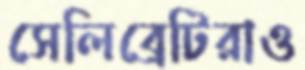
সেলিব্রেটিরাও